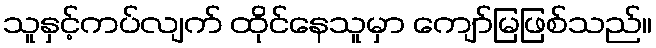
သူနှင့်ကပ်လျက် ထိုင်နေသူမှာ ကျော်မြဖြစ်သည်။